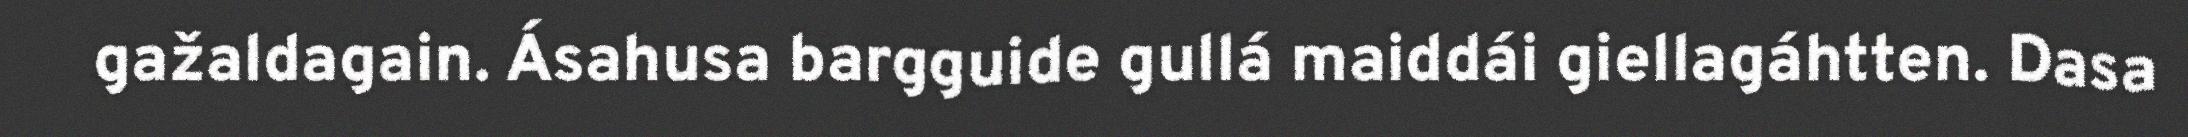
gažaldagain. Ásahusa bargguide gullá maiddái giellagáhtten. Dasa